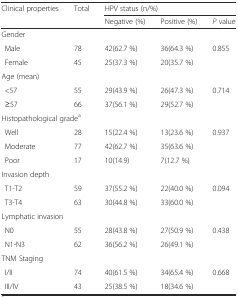
<table><thead><tr><td rowspan="2"><b>Clinical properties</b></td><td rowspan="2"><b>Total</b></td><td colspan="3"><b>HPV status (n/%)</b></td></tr><tr><td><b>Negative (%)</b></td><td><b>Positive (%)</b></td><td><b><i>P</i> value</b></td></tr></thead><tbody><tr><td colspan="5">Gender</td></tr><tr><td>Male</td><td>78</td><td>42(62.7 %)</td><td>36(64.3 %)</td><td rowspan="2">0.855</td></tr><tr><td>Female</td><td>45</td><td>25(37.3 %)</td><td>20(35.7 %)</td></tr><tr><td colspan="5">Age (mean)</td></tr><tr><td>&lt;57</td><td>55</td><td>29(43.9 %)</td><td>26(47.3 %)</td><td rowspan="2">0.714</td></tr><tr><td>≥57</td><td>66</td><td>37(56.1 %)</td><td>29(52.7 %)</td></tr><tr><td colspan="5">Histopathological grade<sup>a</sup></td></tr><tr><td>Well</td><td>28</td><td>15(22.4 %)</td><td>13(23.6 %)</td><td rowspan="3">0.937</td></tr><tr><td>Moderate</td><td>77</td><td>42(62.7 %)</td><td>35(63.6 %)</td></tr><tr><td>Poor</td><td>17</td><td>10(14.9)</td><td>7(12.7 %)</td></tr><tr><td colspan="5">Invasion depth</td></tr><tr><td>T1-T2</td><td>59</td><td>37(55.2 %)</td><td>22(40.0 %)</td><td rowspan="2">0.094</td></tr><tr><td>T3-T4</td><td>63</td><td>30(44.8 %)</td><td>33(60.0 %)</td></tr><tr><td colspan="5">Lymphatic invasion</td></tr><tr><td>N0</td><td>55</td><td>28(43.8 %)</td><td>27(50.9 %)</td><td rowspan="2">0.438</td></tr><tr><td>N1-N3</td><td>62</td><td>36(56.2 %)</td><td>26(49.1 %)</td></tr><tr><td colspan="5">TNM Staging</td></tr><tr><td>I/II</td><td>74</td><td>40(61.5 %)</td><td>34(65.4 %)</td><td rowspan="2">0.668</td></tr><tr><td>III/IV</td><td>43</td><td>25(38.5 %)</td><td>18(34.6 %)</td></tr></tbody></table>